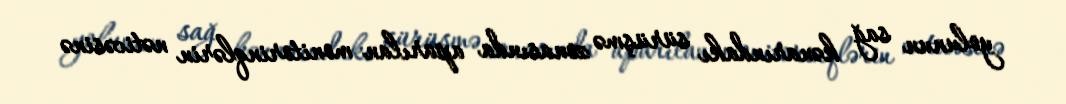
yolunun sağ kənarındakı sürüşmə zonasında aparılan monitorinqlərin nəticəsinə